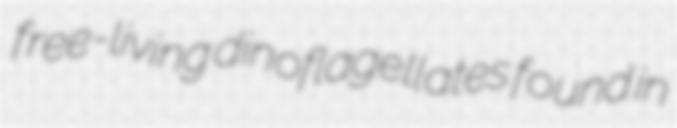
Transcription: free-living dinoflagellates found in